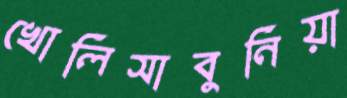
খোলিসাবুনিয়া